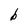
Character: b